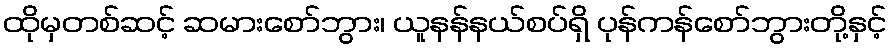
ထိုမှတစ်ဆင့် ဆမားစော်ဘွား၊ ယူနန်နယ်စပ်ရှိ ပုန်ကန်စော်ဘွားတို့နှင့်